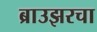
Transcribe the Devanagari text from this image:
ब्राउझरचा